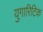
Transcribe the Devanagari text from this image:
युगारिटिक